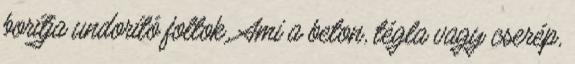
borítja undorító foltok. Ami a beton, tégla vagy cserép,